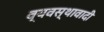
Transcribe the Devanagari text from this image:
व्यवस्थावादी